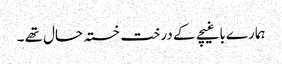
ہمارے باغیچے کے درخت خستہ حال تھے ۔